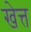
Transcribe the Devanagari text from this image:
खेत्त